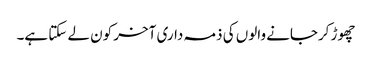
چھوڑ کرجانے والوں کی ذمہ داری آخر کون لے سکتا ہے۔